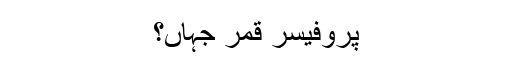
پروفیسر قمر جہاں؟